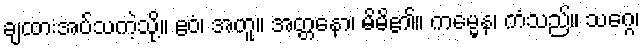
ချထားအပ်သကဲ့သို့။ ဧဝံ၊ အတူ။ အတ္တနော၊ မိမိ၏။ ကမ္မေန၊ ကံသည်။ သဂ္ဂေ၊